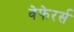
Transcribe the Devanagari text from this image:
वेफेरर्स